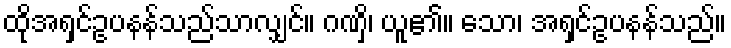
ထိုအရှင်ဥပနန်သည်သာလျှင်။ ဂဏှိ၊ ယူ၏။ သော၊ အရှင်ဥပနန်သည်။